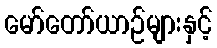
မော်တော်ယာဉ်များနှင့်